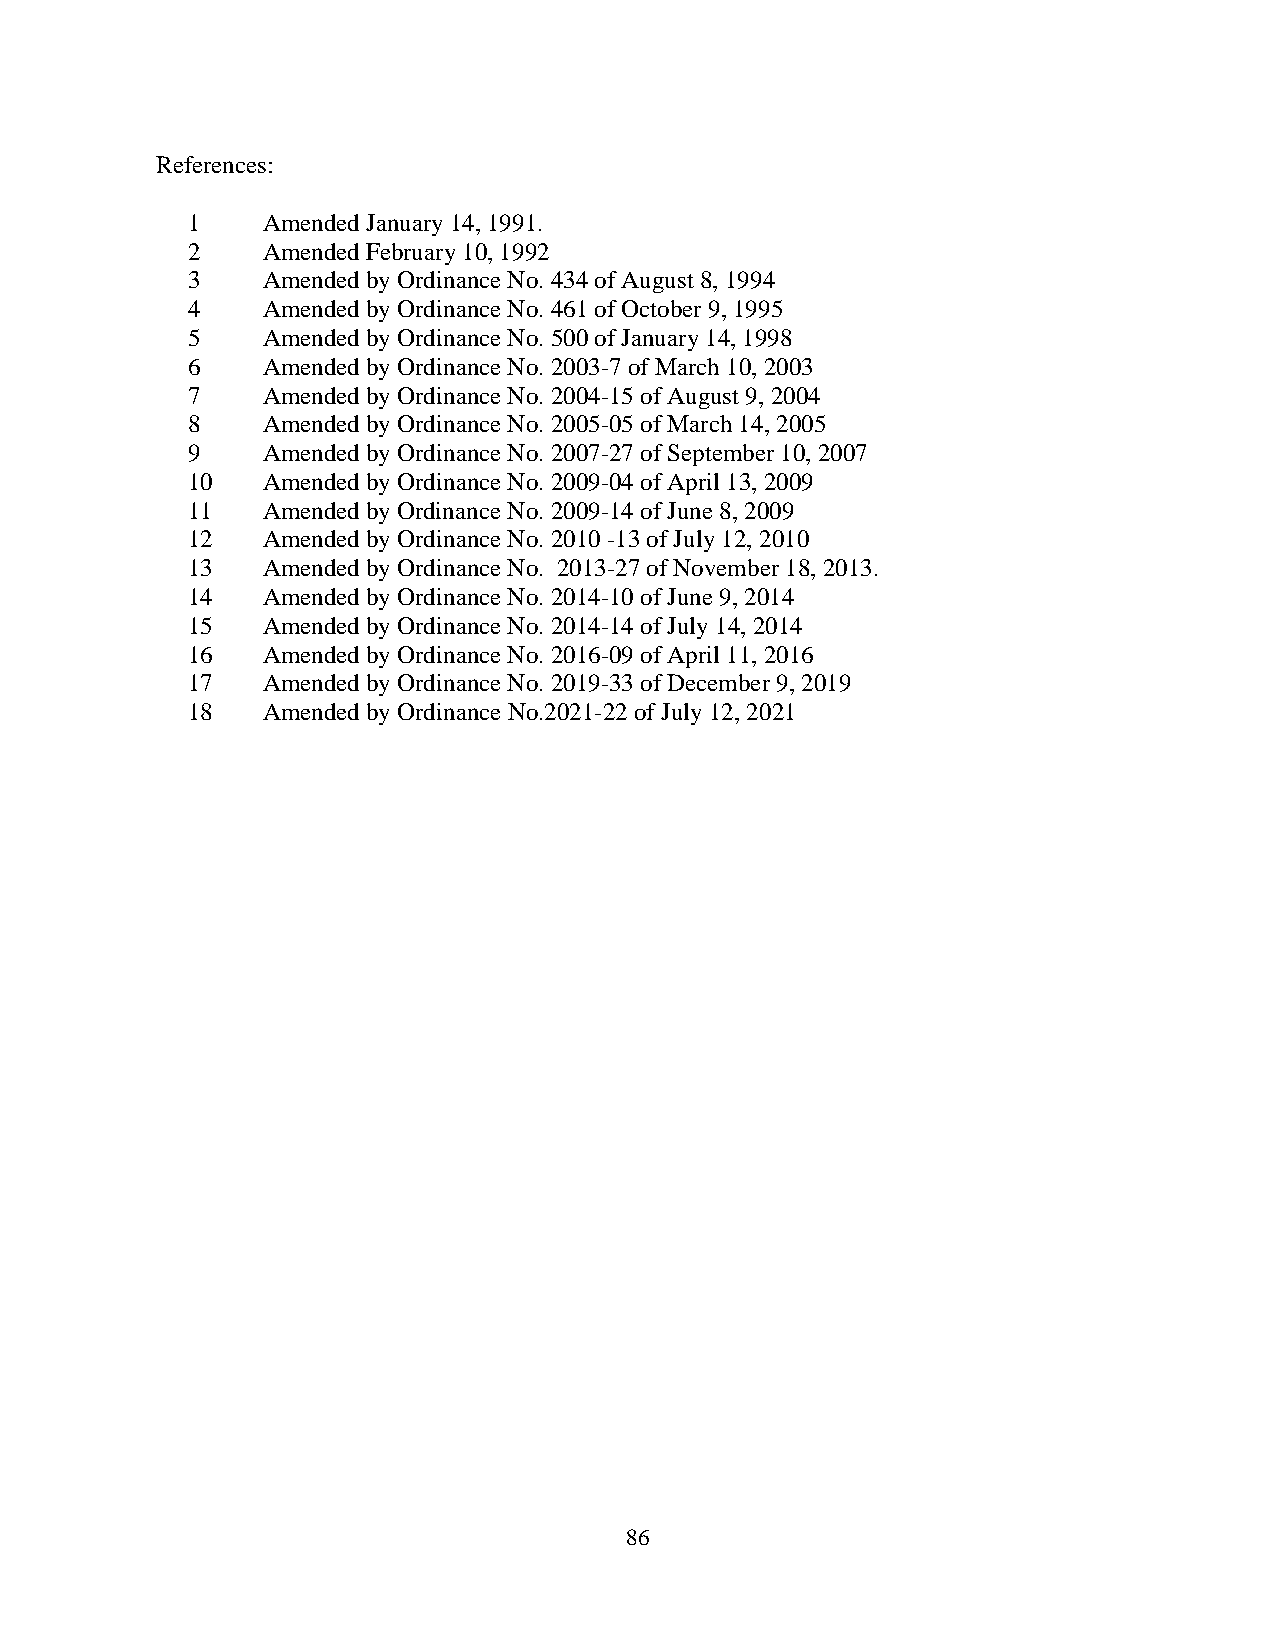
References:
 1    Amended January 14, 1991.
 2    Amended February 10, 1992
 3    Amended by Ordinance No. 434 of August 8, 1994
 4    Amended by Ordinance No. 461 of October 9, 1995
 5    Amended by Ordinance No. 500 of January 14, 1998
 6    Amended by Ordinance No. 2003-7 of March 10, 2003
 7    Amended by Ordinance No. 2004-15 of August 9, 2004
 8    Amended by Ordinance No. 2005-05 of March 14, 2005
 9    Amended by Ordinance No. 2007-27 of September 10, 2007
 10   Amended by Ordinance No. 2009-04 of April 13, 2009
 11   Amended by Ordinance No. 2009-14 of June 8, 2009
 12   Amended by Ordinance No. 2010 -13 of July 12, 2010
 13   Amended by Ordinance No. 2013-27 of November 18, 2013.
 14   Amended by Ordinance No. 2014-10 of June 9, 2014
 15   Amended by Ordinance No. 2014-14 of July 14, 2014
 16   Amended by Ordinance No. 2016-09 of April 11, 2016
 17   Amended by Ordinance No. 2019-33 of December 9, 2019
 18   Amended by Ordinance No.2021-22 of July 12, 2021
 8 6